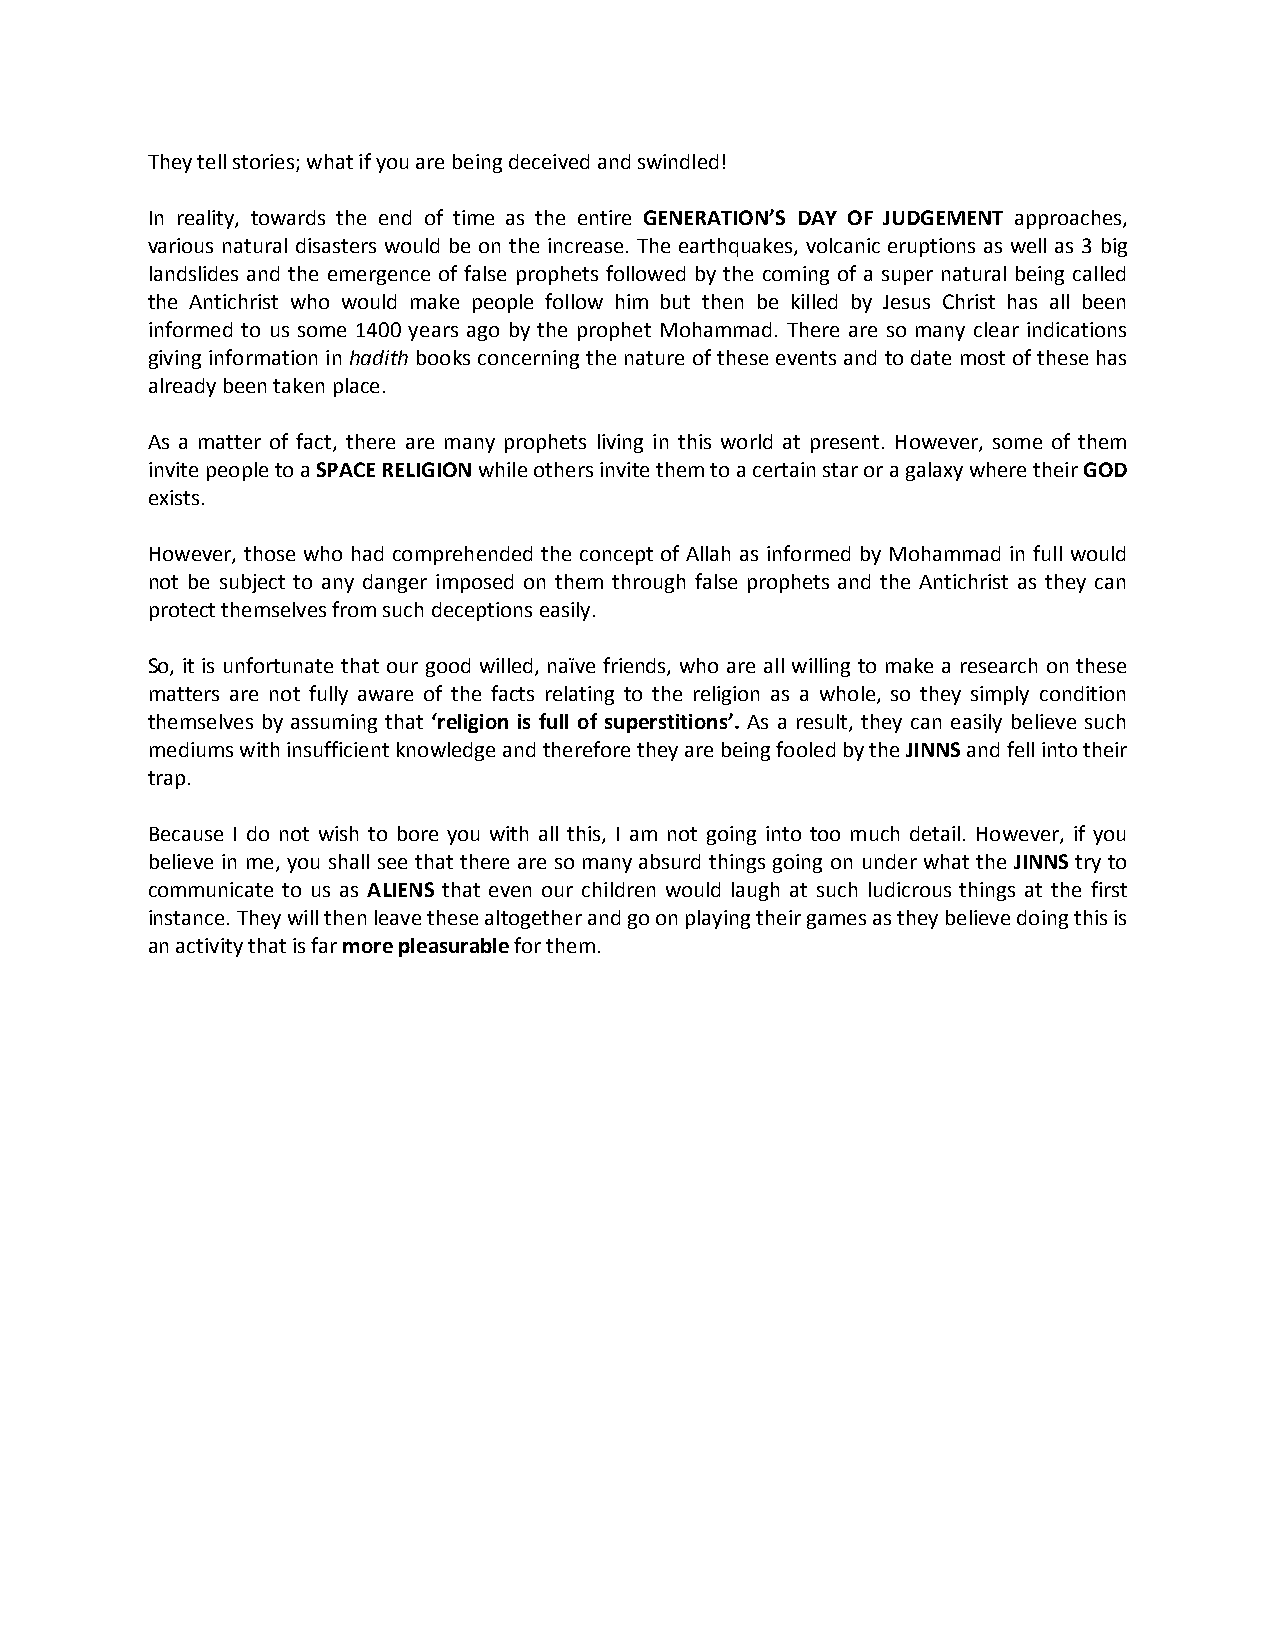
They tell stories; what if you are being deceived and swindled!
 In reality, towards the end of time as the entire GENERATION’S DAY OF JUDGEMENT approaches,
 various natural disasters would be on the increase. The earthquakes, volcanic eruptions as well as 3 big
 landslides and the emergence of false prophets followed by the coming of a super natural being called
 the Antichrist who would make people follow him but then be killed by Jesus Christ has all been
 informed to us some 1400 years ago by the prophet Mohammad. There are so many clear indications
 giving information in hadith books concerning the nature of these events and to date most of these has
 already been taken place.
 As a matter of fact, there are many prophets living in this world at present. However, some of them
 invite people to a SPACE RELIGION while others invite them to a certain star or a galaxy where their GOD
 exists.
 However, those who had comprehended the concept of Allah as informed by Mohammad in full would
 not be subject to any danger imposed on them through false prophets and the Antichrist as they can
 protect themselves from such deceptions easily.
 So, it is unfortunate that our good willed, naïve friends, who are all willing to make a research on these
 matters are not fully aware of the facts relating to the religion as a whole, so they simply condition
 themselves by assuming that ‘religion is full of superstitions’. As a result, they can easily believe such
 mediums with insufficient knowledge and therefore they are being fooled by the JINNS and fell into their
 trap.
 Because I do not wish to bore you with all this, I am not going into too much detail. However, if you
 believe in me, you shall see that there are so many absurd things going on under what the JINNS try to
 communicate to us as ALIENS that even our children would laugh at such ludicrous things at the first
 instance. They will then leave these altogether and go on playing their games as they believe doing this is
 an activity that is far more pleasurable for them.